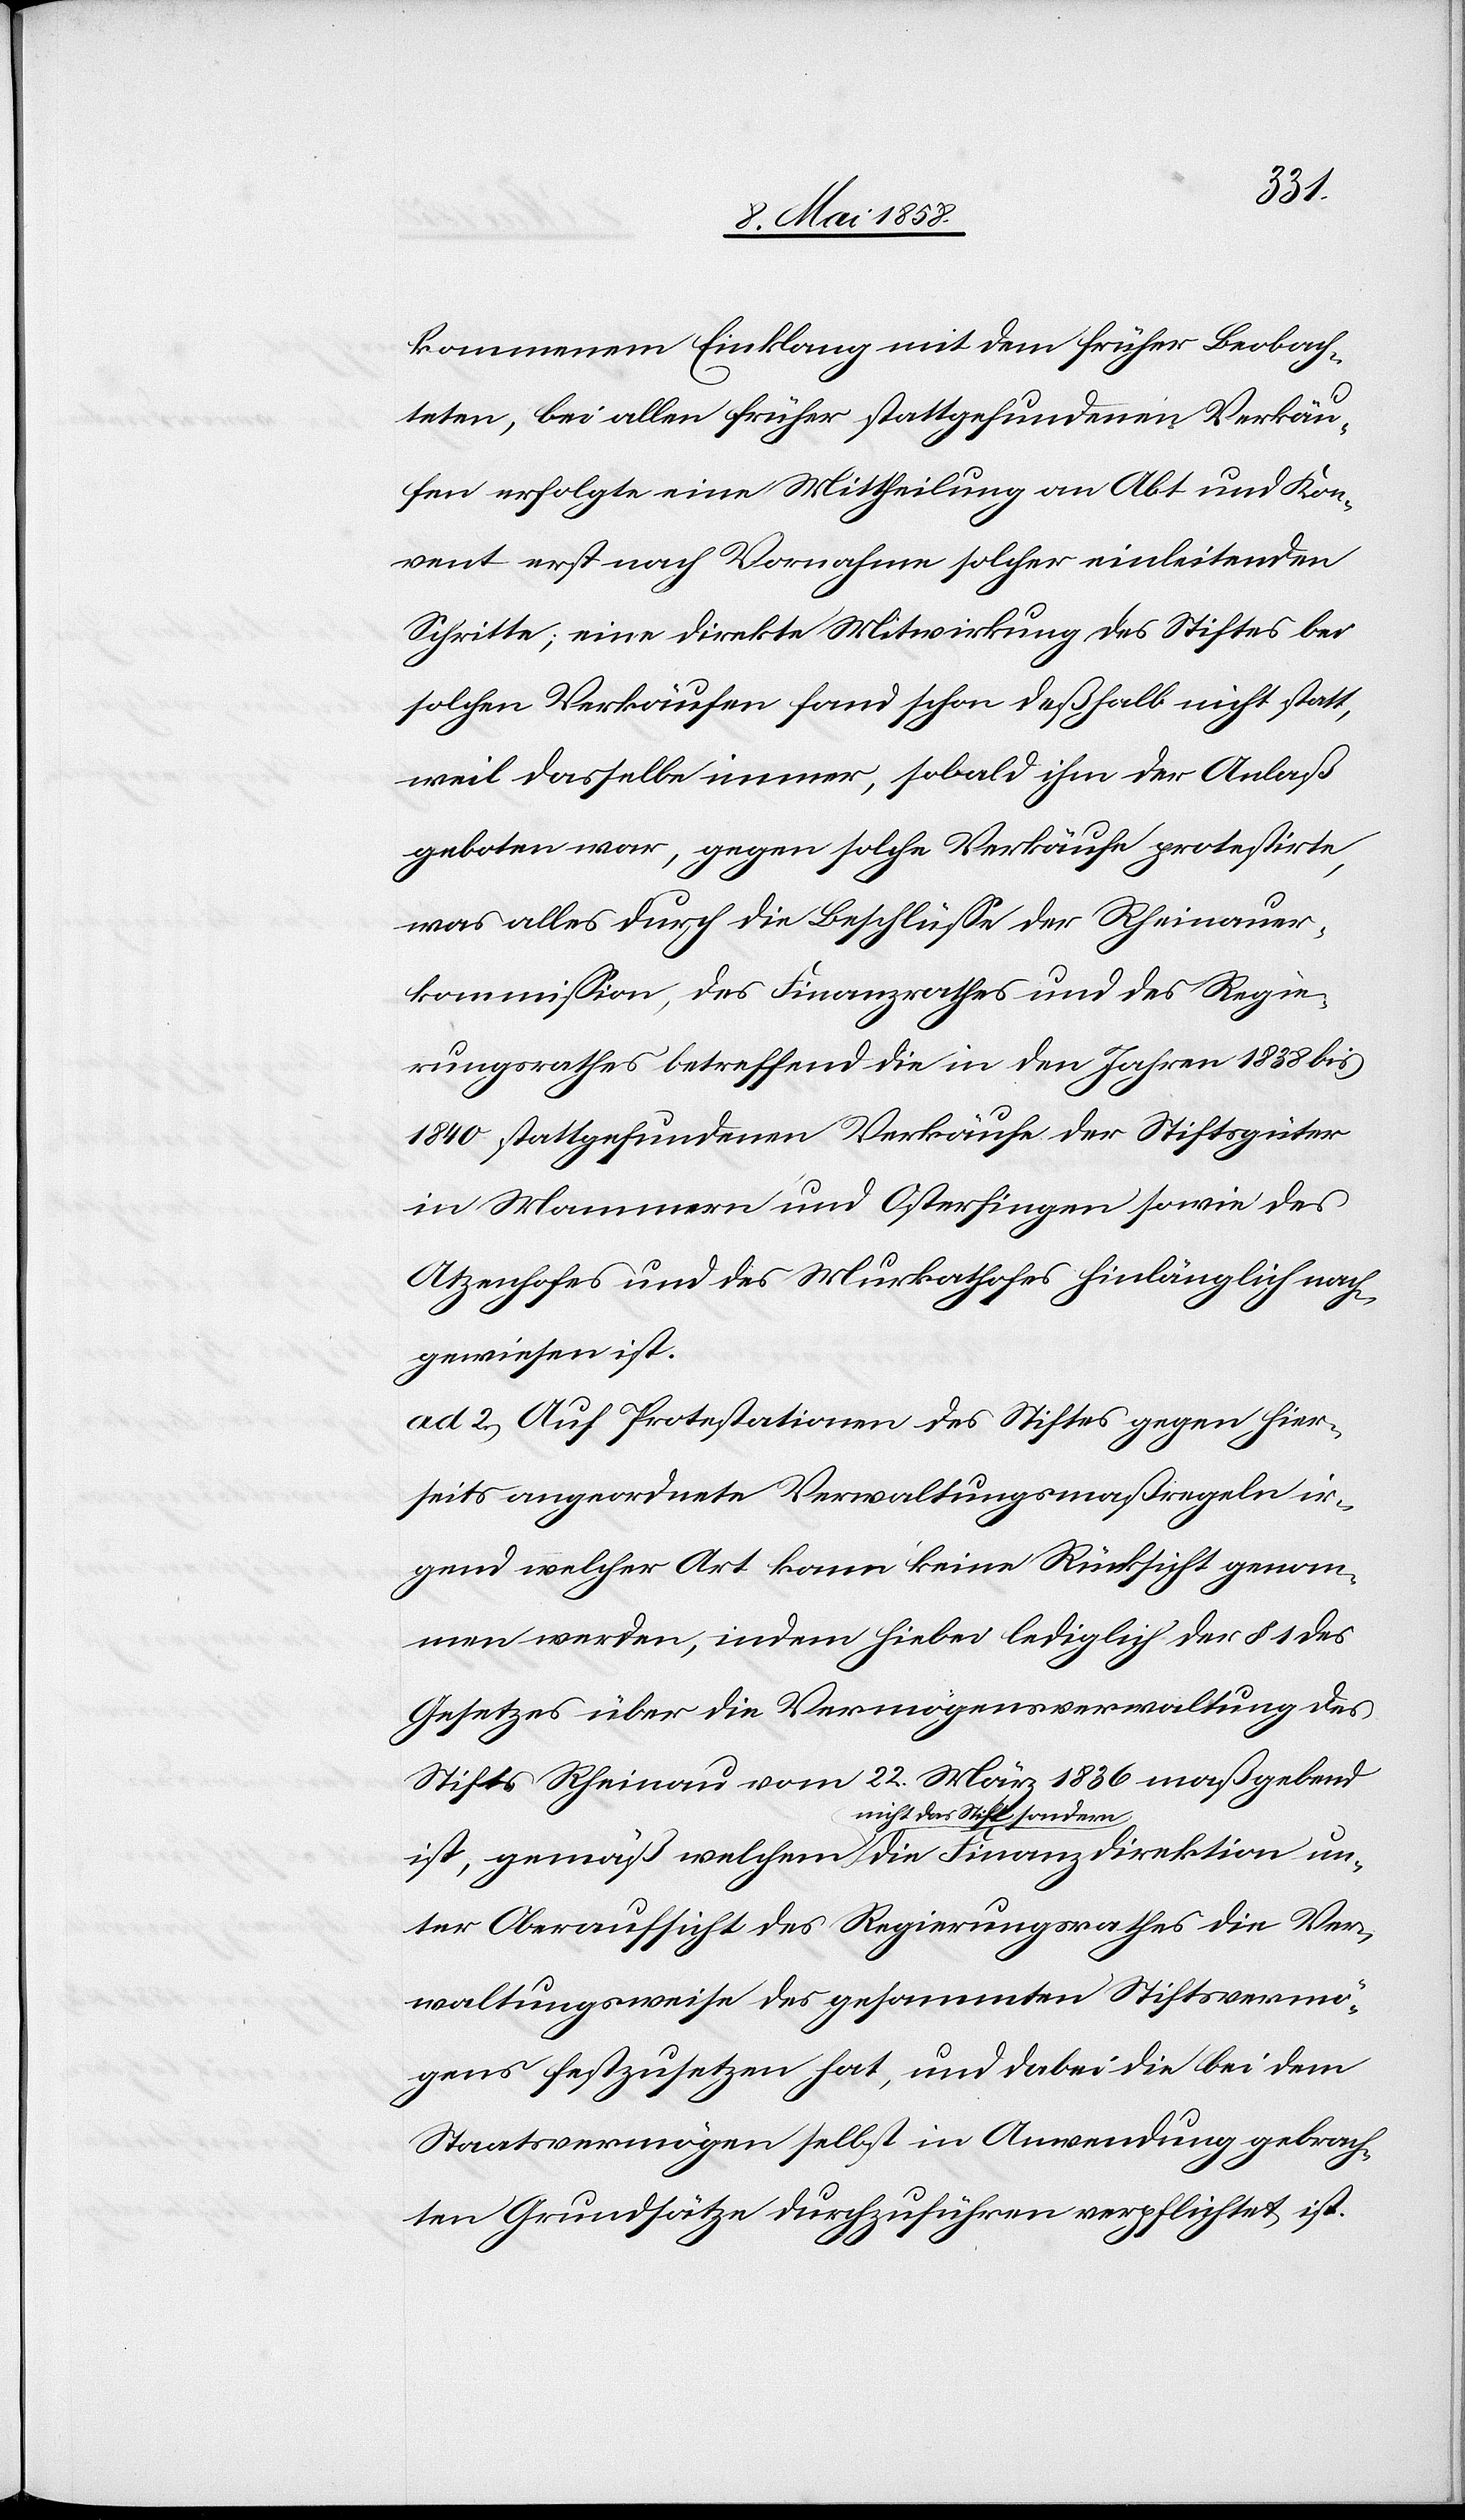
kommenem Einklang mit dem früher Beobach¬
teten, bei allen früher stattgefundenen Verkäu¬
fen erfolgte eine Mittheilung an Abt und Kon¬
vent erst nach Vornahme solcher einleitenden
Schritte; eine direkte Mitwirkung des Stiftes bei
solchen Verkäufen fand schon deßhalb nicht statt,
weil dasselbe immer, sobald ihm der Anlaß
geboten war, gegen solche Verkäufe protestirte,
was alles durch die Beschlüsse der Rheinauer¬
kommission, des Finanzrathes und des Regie¬
rungsrathes betreffend die in den Jahren 1838 bis
1840 stattgefundenen Verkäufe der Stiftsgüter
in Mammern und Osterfingen sowie des
Atzenhofes und des Murkathofes hinlänglich nach¬
gewiesen ist.
ad 2.) Auf Protestationen des Stiftes gegen hier¬
seits angeordnete Verwaltungsmaßregeln ir¬
gend welcher Art kann keine Rücksicht genom¬
men werden, indem hiebei lediglich der § 1 des
Gesetzes über die Vermögensverwaltung des
Stifts Rheinau vom 22. März 1836 maßgebend
a-nicht das Stift sondern-a
unter Oberaufsicht des Regierungsrathes die Ver¬
waltungsweise des gesammten Stiftsvermö¬
gens festzusetzen hat, und dabei die bei dem
Staatsvermögen selbst in Anwendung gebrach¬
ten Grundsätze durchzuführen verpflichtet ist.